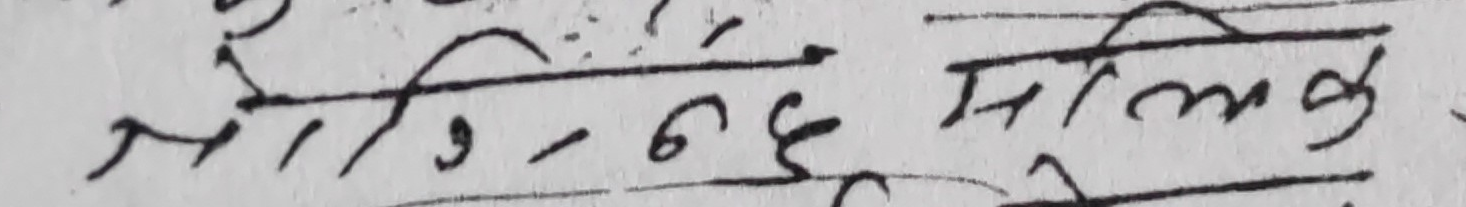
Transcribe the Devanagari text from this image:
नौवटा मिनेट